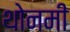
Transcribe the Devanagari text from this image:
थोनमी